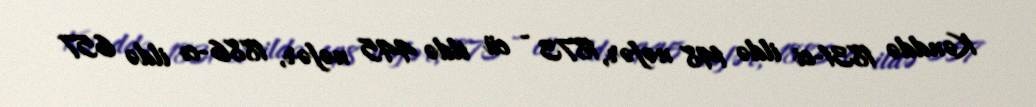
Kənddə 1831-ci ildə 148 nəfər, 1873 - cü ildə 445 nəfər, 1886-cı ildə 657